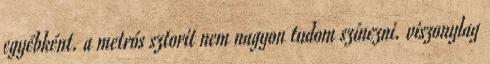
egyébként. a metrós sztorit nem nagyon tudom színezni. viszonylag